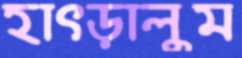
হাৎড়ালুম